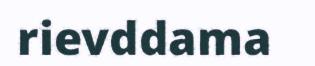
rievddama